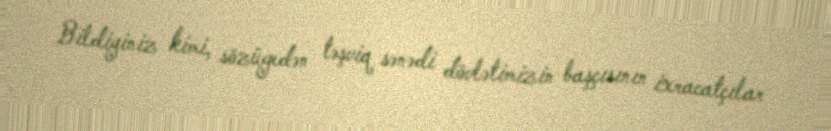
Bildiyiniz kimi, sözügedən təşviq sənədi dövlətimizin başçısının ixracatçılar